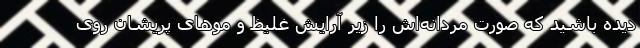
دیده باشید که صورت مردانه‌اش را زیر آرایش غلیظ و موهای پریشان روی